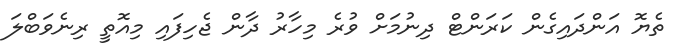
ތެޔޮ އަންދައިގެން ކަރަންޓް ދިނުމަށް ވުރެ މިހާރު ދާން ޖެހިފައި މިއޮތީ ރިނެވަބްލަ